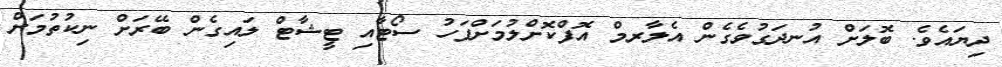
ދިޔައެވެ. ބޮލަށް އުނދަގުވެގެން އެލާރމް އޮފްކޮށްލުމަށްފަހު ސޯޓާއި ޓީޝާޓް ލައިގެން ބޭރަށް ނިކުތުމަށް